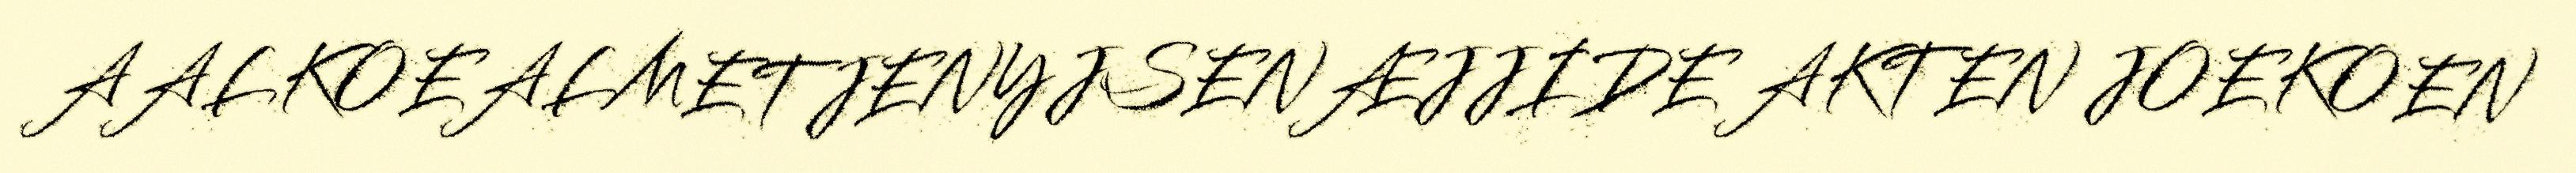
AALKOEALMETJENYJSENÆJJIDE AKTEN JOEKOEN